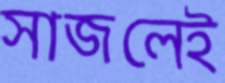
সাজলেই